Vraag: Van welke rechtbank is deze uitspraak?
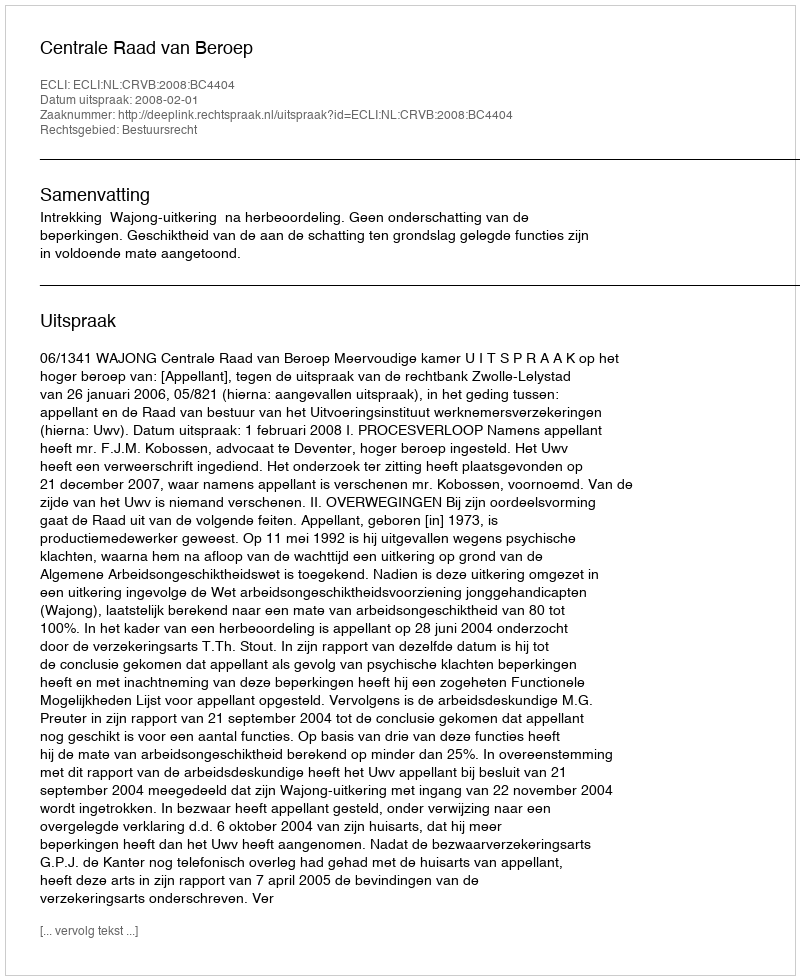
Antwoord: Centrale Raad van Beroep